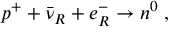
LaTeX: p ^ { + } + \bar { \nu } _ { R } + e _ { R } ^ { - } \to n ^ { 0 } \; ,